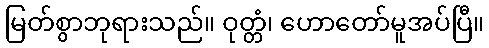
မြတ်စွာဘုရားသည်။ ဝုတ္တံ၊ ဟောတော်မူအပ်ပြီ။